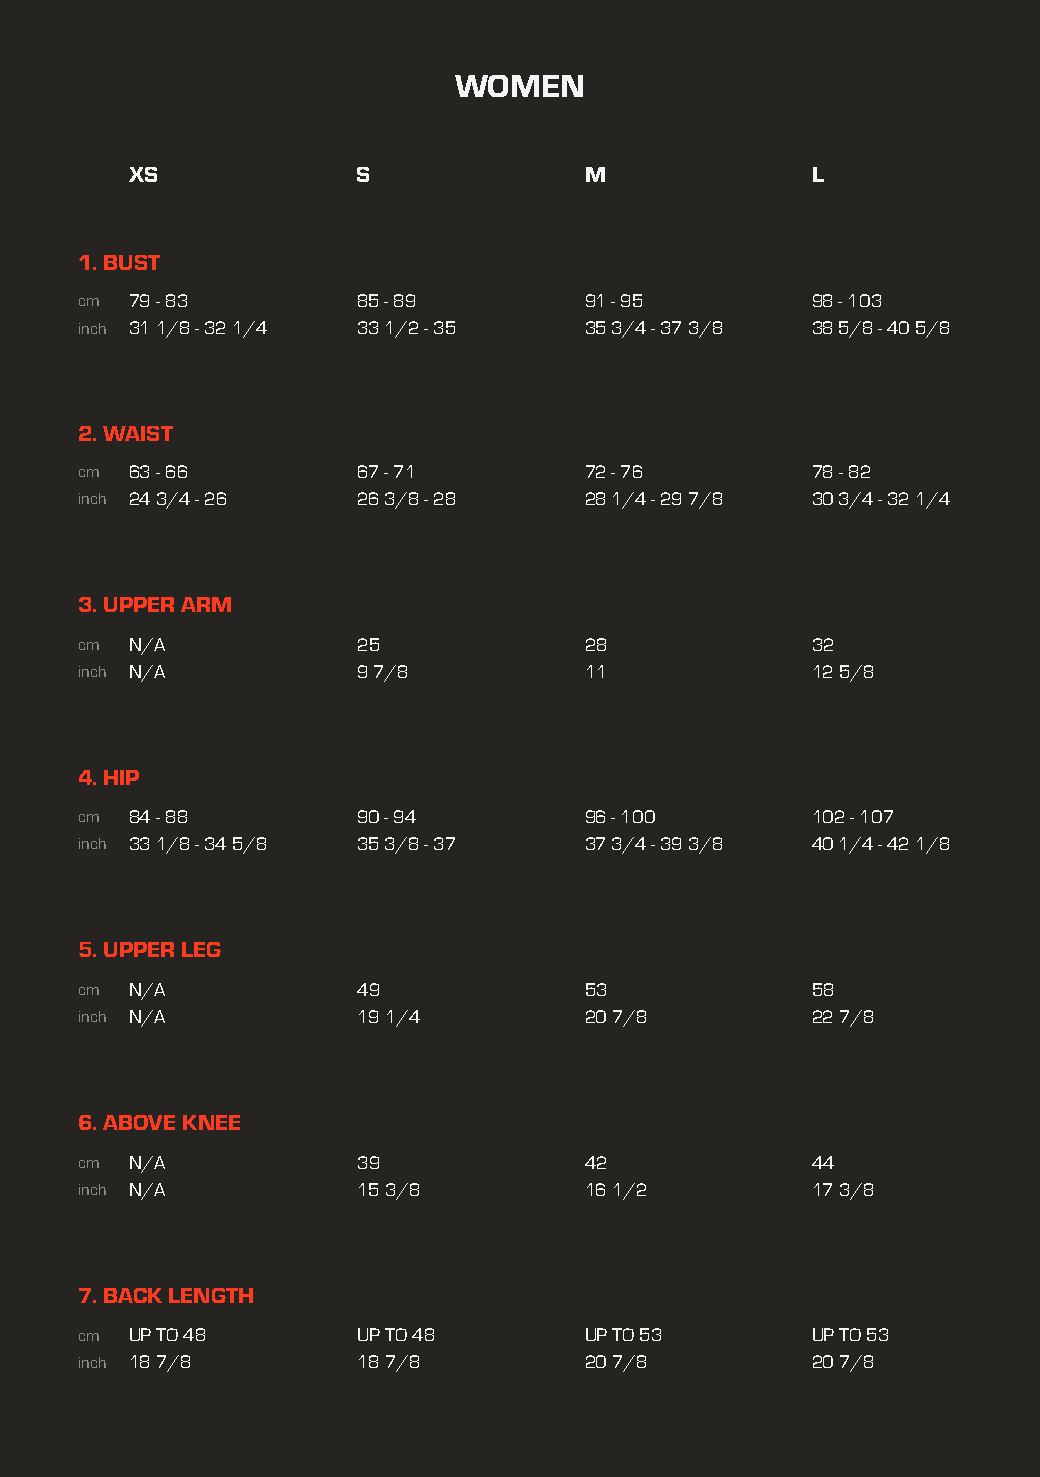
WOMEN                                                                JUNIOR
 XS             S              M              L
 1. BUST
 cm  79 - 83        85 - 89        91 - 95        98 - 103
 inch 31 1/8 - 32 1/4 33 1/2 - 35  35 3/4 - 37 3/8 38 5/8 - 40 5/8
 2. WAIST
 cm  63 - 66        67 - 71        72 - 76        78 - 82
 inch 24 3/4 - 26   26 3/8 - 28    28 1/4 - 29 7/8 30 3/4 - 32 1/4
 3. UPPER ARM
 cm  N/A            25             28             32
 inch N/A           9 7/8          11             12 5/8
 4. HIP
 cm  84 - 88        90 - 94        96 - 100       102 - 107
 inch 33 1/8 - 34 5/8 35 3/8 - 37  37 3/4 - 39 3/8 40 1/4 - 42 1/8
 5. UPPER LEG
 cm  N/A            49             53             58
 inch N/A           19 1/4         20 7/8         22 7/8
 6. ABOVE KNEE
 cm  N/A            39             42             44
 inch N/A           15 3/8         16 1/2         17 3/8
 7. BACK LENGTH
 cm  UP TO 48       UP TO 48       UP TO 53       UP TO 53
 inch 18 7/8        18 7/8         20 7/8         20 7/8